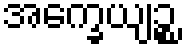
အက္ခေယျဉ္စ